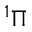
^ 1 \Pi